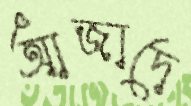
আজাদে